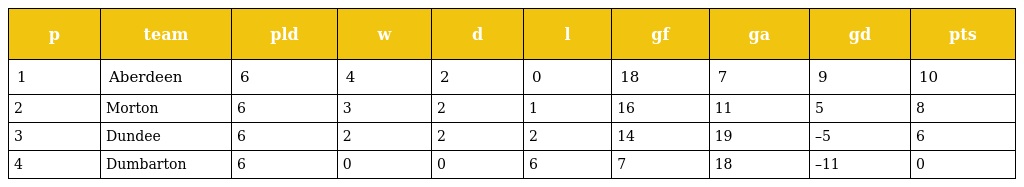
| p | team | pld | w | d | l | gf | ga | gd | pts |
 | --- | --- | --- | --- | --- | --- | --- | --- | --- | --- |
 | 1 | Aberdeen | 6 | 4 | 2 | 0 | 18 | 7 | 9 | 10 |
 | 2 | Morton | 6 | 3 | 2 | 1 | 16 | 11 | 5 | 8 |
 | 3 | Dundee | 6 | 2 | 2 | 2 | 14 | 19 | –5 | 6 |
 | 4 | Dumbarton | 6 | 0 | 0 | 6 | 7 | 18 | –11 | 0 |